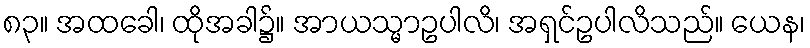
၈၃။ အထခေါ၊ ထိုအခါ၌။ အာယသ္မာဥပါလိ၊ အရှင်ဥပါလိသည်။ ယေန၊